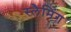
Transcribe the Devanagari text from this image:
स्लैमिंग